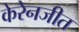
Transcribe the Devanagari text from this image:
केरेनजीत